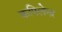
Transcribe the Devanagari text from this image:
कपिलेन्द्र